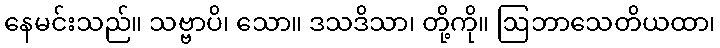
နေမင်းသည်။ သဗ္ဗာပိ၊ သော။ ဒသဒိသာ၊ တို့ကို။ ဩဘာသေတိယထာ၊